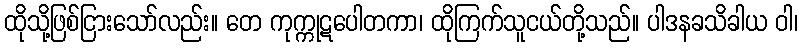
ထိုသို့ဖြစ်ငြားသော်လည်း။ တေ ကုက္ကုဋပေါတကာ၊ ထိုကြက်သူငယ်တို့သည်။ ပါဒနခသိခါယ ဝါ၊